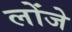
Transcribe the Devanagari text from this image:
लोंजे